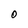
Character: O